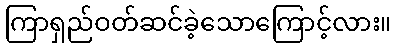
ကြာရှည်ဝတ်ဆင်ခဲ့သောကြောင့်လား။